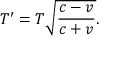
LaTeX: T ^ { \prime } = T { \sqrt { \frac { c - v } { c + v } } } .